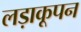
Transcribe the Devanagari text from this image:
लड़ाकूपन